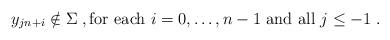
LaTeX: \begin{align*}y_{j n + i} \notin \Sigma \;, {\rm for~each~}i = 0,\ldots,n-1 {\rm ~and~all~} j \le -1 \;.\end{align*}